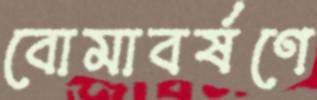
বোমাবর্ষণে